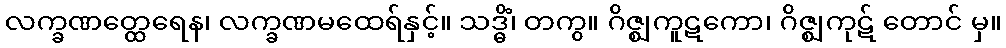
လက္ခဏတ္ထေရေန၊ လက္ခဏမထေရ်နှင့်။ သဒ္ဓိံ၊ တကွ။ ဂိဇ္ဈကူဋကော၊ ဂိဇ္ဈကုဋ် တောင် မှ။